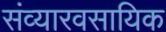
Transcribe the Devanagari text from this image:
संव्यारवसायिक